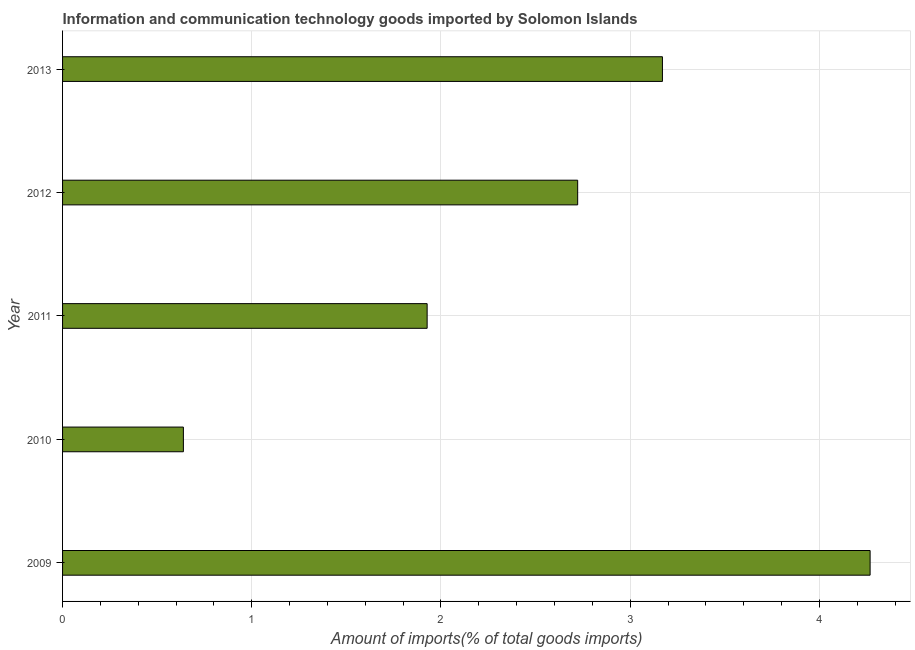
| Year | ICT goods imports |
 | --- | --- |
 | 2009 | 4.27 |
 | 2010 | 0.639 |
 | 2011 | 1.93 |
 | 2012 | 2.72 |
 | 2013 | 3.17 |